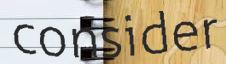
consider